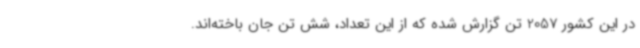
در این کشور 2057 تن گزارش شده که از این تعداد، شش تن جان باخته‌اند.